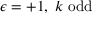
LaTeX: \epsilon = + 1 , \; k \mathrm { ~ o d d }